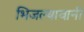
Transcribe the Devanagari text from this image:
भिजल्यावानी